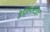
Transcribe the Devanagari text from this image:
हेलिक्टाइट